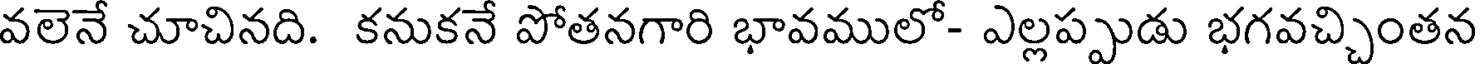
వలెనే చూచినది. కనుకనే పోతనగారి భావములో- ఎల్లప్పుడు భగవచ్చింతన